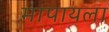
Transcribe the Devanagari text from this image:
मापायला